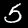
Digit: 5